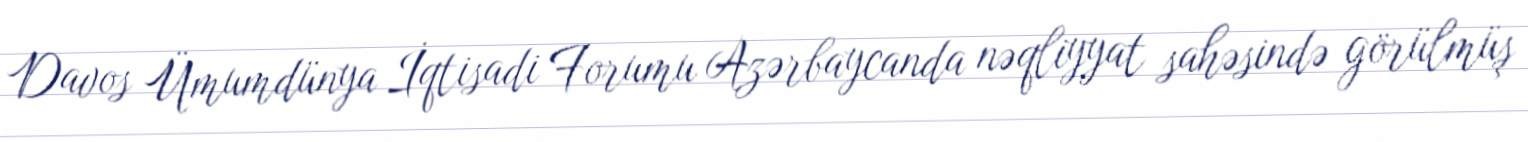
Davos Ümumdünya İqtisadi Forumu Azərbaycanda nəqliyyat sahəsində görülmüş